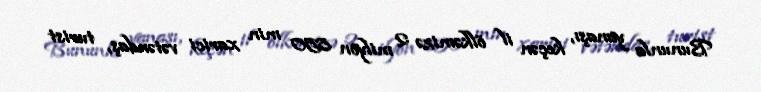
Bununla yanaşı, keçən il ölkəmizə 2 milyon 850 min xarici vətəndaş, turist